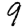
Digit: 9